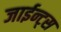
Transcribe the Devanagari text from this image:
जाईन्ट्स